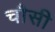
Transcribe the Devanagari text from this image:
चौसी